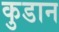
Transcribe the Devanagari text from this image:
कुडान